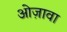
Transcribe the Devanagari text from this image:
ओज़ावा